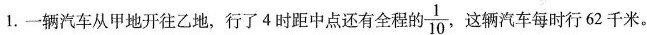
1.一辆汽车从甲地开往乙地，行了4时距中点还有全程的\frac{1}{10} .这辆汽车每时行62千米。